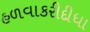
હળવાકરીદીધા